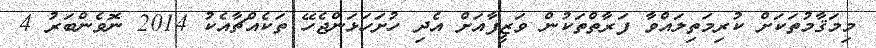
މިމަޤާމުތަކަށް ކުރިމަތިލައްވާ ފަރާތްތަކުން ވަޒީފާއަށް އެދި ހުށަހަޅަންޖެހޭ ތަކެއްޗާއެކު 2014 ނޮވެންބަރު 4